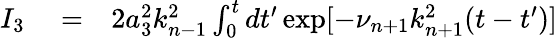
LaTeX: \begin{array}{rlr}{I_{3}}&{{}=}&{2a_{3}^{2}k_{n-1}^{2}\int_{0}^{t}dt^{\prime}\exp[-\nu_{n+1}k_{n+1}^{2}(t-t^{\prime})]}\end{array}